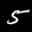
Label: 5